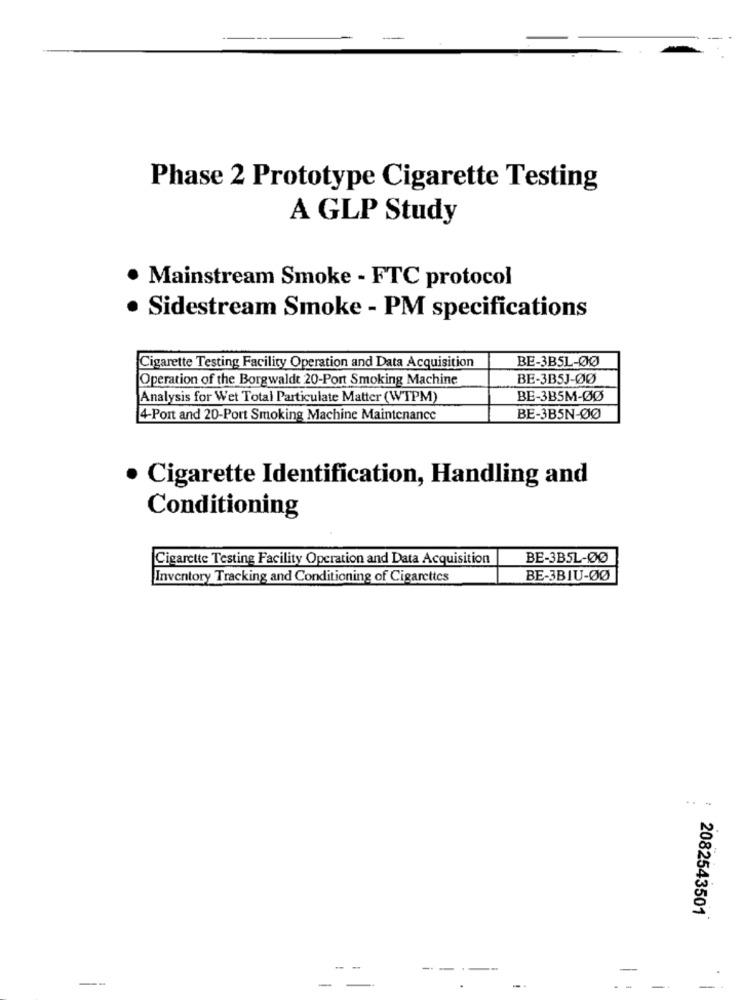
Phase 2 Prototype Cigarette Testing
A GLP Study
. Mainstream Smoke - FTC protocol
· Sidestream Smoke - PM specifications
BE-3B5L-ØØ
Cigarette Testing Facility Operation and Data Acquisition
Operation of the Borgwaldt 20-Port Smoking Machine
BE-3B5J-ØØ
Analysis for Wet Total Particulate Matter (WTPM)
BE-3B5M-ØØ
4-Port and 20-Port Smoking Machine Maintenance
BE-3B5N-ØØ
Cigarette Identification, Handling and
Conditioning
Cigarette Testing Facility Operation and Data Acquisition
BE-3B5L-00
Inventory Tracking and Conditioning of Cigarettes
BE-3BIU-ØØ
2082543501
-
--
-